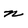
Character: n